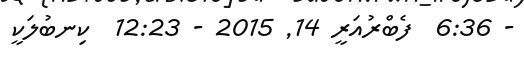
- 6:36  ފެބްރުއަރީ 14